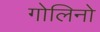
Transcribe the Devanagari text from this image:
गोलिनो